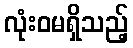
လုံးဝမရှိသည့်